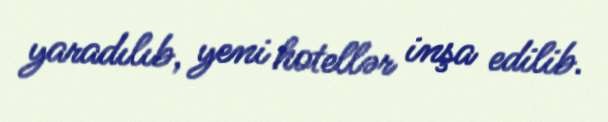
yaradılıb, yeni hotellər inşa edilib.